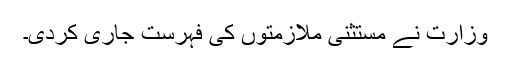
وزارت نے مستثنیٰ ملازمتوں کی فہرست جاری کردی۔